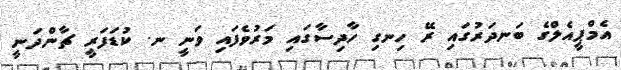
އެމްޕީއެލްގެ ބަނދަރުގައި ރޭ ހިނގި ހާދިސާގައި މަރުވެފައި ވަނީ ނ. ކުޑަފަރީ ޗާންދަނީ